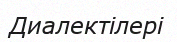
Диалектілері